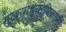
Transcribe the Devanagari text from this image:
मुख्याध्यापिकांनी